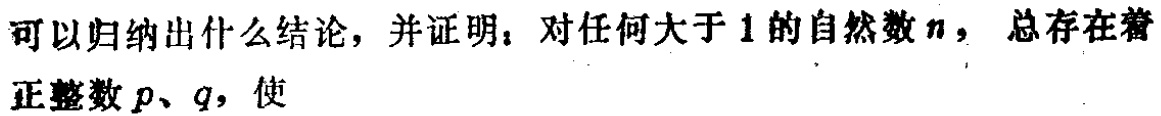
可以归纳出什么结论，并证明：对任何大于 1 的自然数 \(n\)，总存在着正整数 \(p\)、\(q\)，使